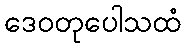
ဒေဝတုပေါသထံ